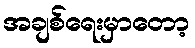
အချစ်ရေးမှာတော့